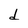
Character: d